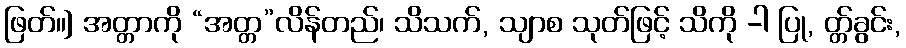
ဖြတ်။] အတ္တာကို “အတ္တ”လိန်တည်၊ သိသက်, သျာစ သုတ်ဖြင့် သိကို -ါ ပြု, တ္တ်ခွင်း,